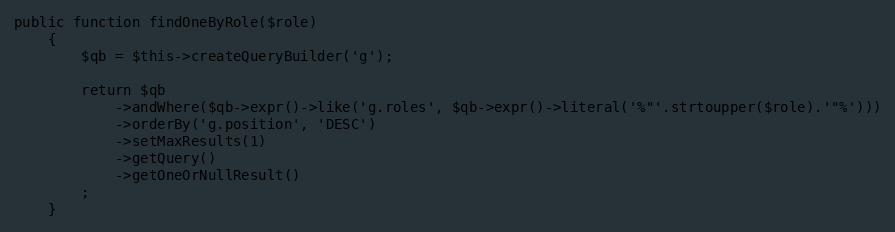
Language: PHP
public function findOneByRole($role)
    {
        $qb = $this->createQueryBuilder('g');

        return $qb
            ->andWhere($qb->expr()->like('g.roles', $qb->expr()->literal('%"'.strtoupper($role).'"%')))
            ->orderBy('g.position', 'DESC')
            ->setMaxResults(1)
            ->getQuery()
            ->getOneOrNullResult()
        ;
    }